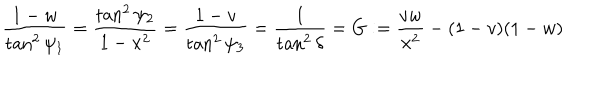
{ \frac { 1 - w } { \tan ^ { 2 } \psi _ { 1 } } } = { \frac { \tan ^ { 2 } \psi _ { 2 } } { 1 - x ^ { 2 } } } = { \frac { 1 - v } { \tan ^ { 2 } \psi _ { 3 } } } = { \frac { 1 } { \tan ^ { 2 } \delta } } = G : = { \frac { v w } { x ^ { 2 } } } - ( 1 - v ) ( 1 - w )